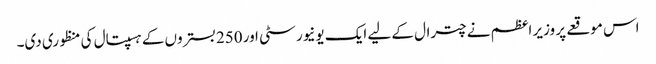
اس موقعے پر وزیر اعظم نے چترال کے لیے ایک یونیورسٹی اور 250 بستروں کے ہسپتال کی منظوری دی۔